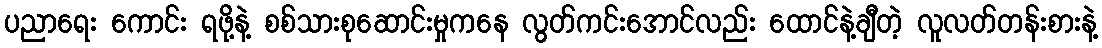
ပညာရေး ကောင်း ရဖို့နဲ့ စစ်သားစုဆောင်းမှုကနေ လွတ်ကင်းအောင်လည်း ထောင်နဲ့ချီတဲ့ လူလတ်တန်းစားနဲ့